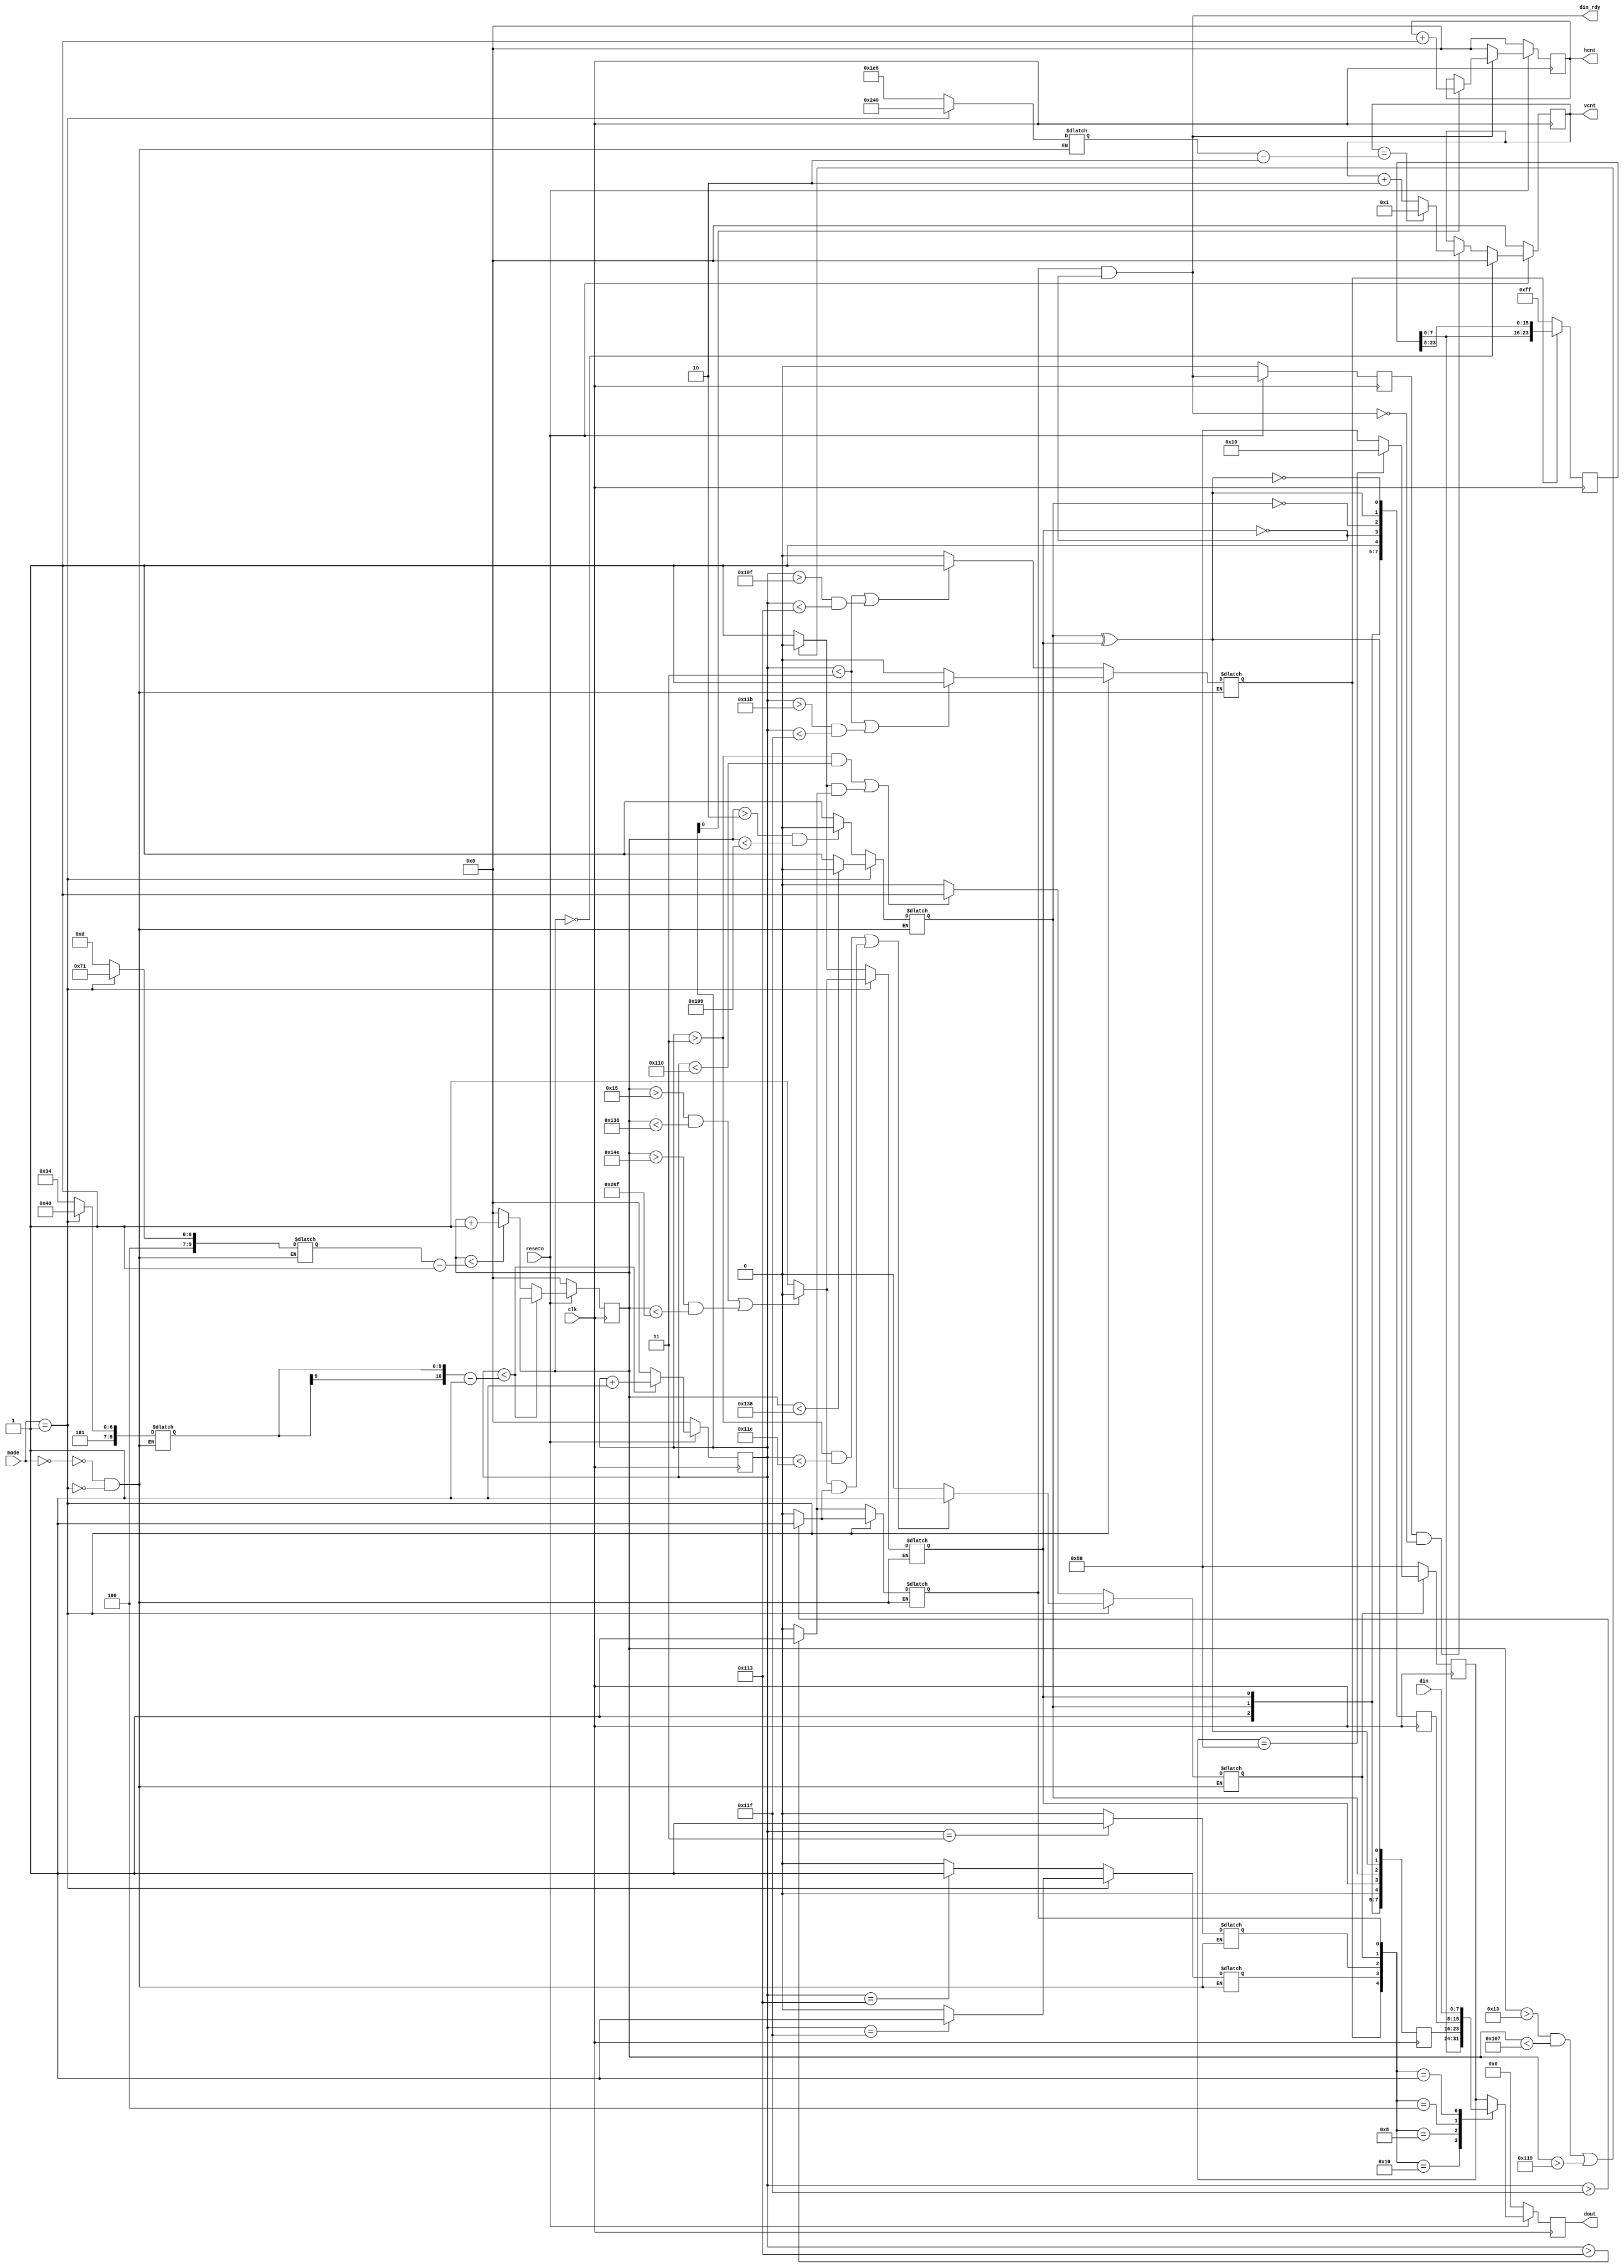
/* 
 * ----------------------------------------------------------------------------
 *  Project:  OpenIRV
 *  Purpose:  Analog video timing generation module.
 * ----------------------------------------------------------------------------
 *  Copyright  2020-2021, Vaagn Oganesyan <ovgn@protonmail.com>
 *  
 *  Licensed under the Apache License, Version 2.0 (the "License");
 *  you may not use this file except in compliance with the License.
 *  You may obtain a copy of the License at
 *  
 *      http://www.apache.org/licenses/LICENSE-2.0
 *  
 *  Unless required by applicable law or agreed to in writing, software
 *  distributed under the License is distributed on an "AS IS" BASIS,
 *  WITHOUT WARRANTIES OR CONDITIONS OF ANY KIND, either express or implied.
 *  See the License for the specific language governing permissions and
 * ----------------------------------------------------------------------------
 */


`default_nettype none
`timescale 1ps / 1ps


module av_timing
(
    input   wire            clk,
    input   wire            resetn,
    input   wire    [1:0]   mode,
    input   wire    [7:0]   din,
    output  wire            din_rdy,
    output  reg     [10:0]  vcnt = 11'd0,
    output  reg     [10:0]  hcnt = 11'd0,
    output  reg     [7:0]   dout = 8'h00
);
    
/*-------------------------------------------------------------------------------------------------------------------------------------*/

    function [7:0] calc_xyz_sync;
        input [2:0] fvh;
        begin
            calc_xyz_sync = {
                                1'b1,                       /* Always 1'b1    */
                                fvh,                        /* F, V, H bits   */
                                fvh[1] ^ fvh[0],            /* P3 = V ^ H     */
                                fvh[2] ^ fvh[0],            /* P2 = F ^ H     */
                                fvh[2] ^ fvh[1],            /* P1 = F ^ V     */
                                fvh[2] ^ fvh[1] ^ fvh[0]    /* P0 = F ^ V ^ H */
                            };
        end
    endfunction
    
/*-------------------------------------------------------------------------------------------------------------------------------------*/
    
    localparam  [1:0]   NTSC_ITUR_BT656 = 2'd0,
                        PAL_ITUR_BT656  = 2'd1;
    
    
    reg             field;
    reg             vblank;
    reg             xav_preamb_ena;
    reg             sav_ena;
    reg             eav_ena;
    reg             hblank;
    reg             data_ena;
    
    reg     [10:0]  hpos_cnt = 11'd0;
    reg     [10:0]  vpos_cnt = 11'd0;
    
    reg     [10:0]  vis_hres = 11'd0;
    reg     [10:0]  vis_vres = 11'd0;
    
    reg     [10:0]  hsize = 11'd0;
    reg     [10:0]  vsize = 11'd0;
    
    assign  din_rdy = data_ena & ~vblank;
    
    
    always @(*) begin
        case (mode)
            
            /* 720 x 486 */
            NTSC_ITUR_BT656: begin
                
               /* 
                *  LINE    F V EAV SAV
                *  0-2     1 1  1   0
                *  3-19    0 1  1   0
                *  20-262  0 0  1   0   (243 lines)
                *  263-264 0 1  1   0
                *  265-281 1 1  1   0
                *  282-524 1 0  1   0   (243 lines)
                *
                *  | EAV   |      BLANKING     | SAV   | ACTIVE DATA LINE  |
                *  | CODE  |                   | CODE  |                   |
                *  |F 0 0 X|8 1 8 1 ... 8 1 8 1|F 0 0 X|C Y C Y ... C Y C Y|
                *  |F 0 0 Y|0 0 0 0 ... 0 0 0 0|F 0 0 Y|B   B   ... B   B  |
                *  |       |                   |       |                   |
                *  |<----->|<----------------->|<----->|<----------------->|
                *  |   4            268            4           1440        |
                *  |<----------------------------------------------------->|
                *                            1716
                */
                
                vis_hres = 11'd720;
                vis_vres = 11'd486;
                
                vsize = 11'd525;
                hsize = 11'd1716;
                
                field  = ((vpos_cnt > 11'd2) && (vpos_cnt < 11'd265))? 1'b0 : 1'b1;
                vblank = (((vpos_cnt > 11'd19) && (vpos_cnt < 11'd263)) || (vpos_cnt > 11'd281))? 1'b0 : 1'b1;
                
                xav_preamb_ena = ((hpos_cnt < 3) || ((hpos_cnt > 271) && (hpos_cnt < 275)))? 1'b1 : 1'b0;
                eav_ena  = (hpos_cnt == 3)?   1'b1 : 1'b0;
                sav_ena  = (hpos_cnt == 275)? 1'b1 : 1'b0;
                data_ena = (hpos_cnt >  275)? 1'b1 : 1'b0;
                hblank   = (((hpos_cnt > 3) && (hpos_cnt < 272)) || (vblank & data_ena))? 1'b1 : 1'b0;
            end
            
            /* 720 x 576 */
            PAL_ITUR_BT656: begin
                
               /* 
                *  LINE    F V EAV SAV
                *  0-21    0 1  1   0
                *  22-309  0 0  1   0   (288 lines)
                *  310-311 0 1  1   0
                *  312-334 1 1  1   0
                *  335-622 1 0  1   0   (288 lines)
                *  623-624 1 1  1   0
                *
                *  | EAV   |      BLANKING     | SAV   | ACTIVE DATA LINE  |
                *  | CODE  |                   | CODE  |                   |
                *  |F 0 0 X|8 1 8 1 ... 8 1 8 1|F 0 0 X|C Y C Y ... C Y C Y|
                *  |F 0 0 Y|0 0 0 0 ... 0 0 0 0|F 0 0 Y|B   B   ... B   B  |
                *  |       |                   |       |                   |
                *  |<----->|<----------------->|<----->|<----------------->|
                *  |   4            280            4           1440        |
                *  |<----------------------------------------------------->|
                *                            1728
                */
                
                vis_hres = 11'd720;
                vis_vres = 11'd576;
                
                vsize = 11'd625;
                hsize = 11'd1728;
                
                field  = (vpos_cnt < 11'd312)? 1'b0 : 1'b1;
                vblank = (((vpos_cnt > 11'd21) && (vpos_cnt < 11'd310)) || ((vpos_cnt > 11'd334) && (vpos_cnt < 11'd623)))? 1'b0 : 1'b1;
                
                xav_preamb_ena = ((hpos_cnt < 3) || ((hpos_cnt > 283) && (hpos_cnt < 287)))? 1'b1 : 1'b0;
                eav_ena  = (hpos_cnt == 3)?   1'b1 : 1'b0;
                sav_ena  = (hpos_cnt == 287)? 1'b1 : 1'b0;
                data_ena = (hpos_cnt >  287)? 1'b1 : 1'b0;
                hblank   = (((hpos_cnt > 3) && (hpos_cnt < 284)) || (vblank & data_ena))? 1'b1 : 1'b0;
            end
        endcase
    end
    
    
    always @(posedge clk) begin
        if (~resetn) begin
            hpos_cnt <= 11'd0;
            vpos_cnt <= 11'd0;
        end else begin
            if (hpos_cnt < hsize - 1'b1) begin
                hpos_cnt <= hpos_cnt + 1'b1;
            end else begin
                hpos_cnt <= 11'd0;
                if (vpos_cnt < vsize - 1'b1) begin
                    vpos_cnt <= vpos_cnt + 1'b1;
                end else begin
                    vpos_cnt <= 11'd0;
                end
            end
        end
    end

/*-------------------------------------------------------------------------------------------------------------------------------------*/
    
    localparam  SAV = 1'b0,     /* SAV (start of active video line) */
                EAV = 1'b1;     /* EAV (end of active video line)   */
    
    localparam  BLANKING_Y    = 8'h10,
                BLANKING_CBCR = 8'h80;
    
    
    reg     [23:0]  xav_preamb = 24'h0000ff;
    reg     [7:0]   sav_reg    = 8'h00;
    reg     [7:0]   eav_reg    = 8'h00;
    reg     [7:0]   blank_reg  = BLANKING_CBCR;
    
    
    /* EAV/SAV sequence */
    always @(posedge clk) begin
        if (xav_preamb_ena) begin
            xav_preamb <= {xav_preamb[7:0], xav_preamb[23:8]};
        end else begin
            xav_preamb <= 24'h0000ff;
        end
        
        sav_reg <= calc_xyz_sync({field, vblank, SAV});
        eav_reg <= calc_xyz_sync({field, vblank, EAV});
    end
    
    
    /* Blanking data */
    always @(posedge clk) begin
        if (hblank) begin
            blank_reg <= (blank_reg == BLANKING_CBCR)? BLANKING_Y : BLANKING_CBCR;
        end else begin
            blank_reg <= BLANKING_CBCR;
        end
    end
    
/*-------------------------------------------------------------------------------------------------------------------------------------*/
    
    localparam  [4:0]   EAV_SAV_PREAMB = 5'b10000,
                        SAV_CODE       = 5'b01000,
                        EAV_CODE       = 5'b00100,
                        BLANKING       = 5'b00010,
                        DATA           = 5'b00001;
    
    
    wire    [4:0]   sync_event = {xav_preamb_ena, sav_ena, eav_ena, hblank, data_ena};
    reg     [7:0]   data_mux;
    
    
    always @(*) begin
        case (sync_event)
            EAV_SAV_PREAMB: data_mux = xav_preamb[7:0];
            SAV_CODE:       data_mux = sav_reg;
            EAV_CODE:       data_mux = eav_reg;
            BLANKING:       data_mux = blank_reg;
            DATA:           data_mux = din;
            default:        data_mux = blank_reg;
        endcase
    end
    
    
    /* Register output value */
    always @(posedge clk) begin
        if (~resetn) begin
            dout <= 8'h00;
        end else begin
            dout <= data_mux;
        end
    end
    
/*-------------------------------------------------------------------------------------------------------------------------------------*/
    
    reg     din_rdy_1 = 1'b0;
    
    always @(posedge clk) begin
        if (~resetn) begin
            vcnt      <= 11'd0;
            hcnt      <= 11'd0;
            din_rdy_1 <= 1'b0;
        end else begin
            din_rdy_1 <= din_rdy;
            
            if (din_rdy) begin
                hcnt <= (hpos_cnt[0])? hcnt + 1'b1 : hcnt;
            end else begin
                hcnt <= 11'd0;
            end
            
            if (vpos_cnt == 11'd0) begin
                vcnt <= 11'd0;  // even row 0, 2, 4, 6...
            end else begin
                if (din_rdy_1 & ~din_rdy) begin
                    if (vcnt == (vis_vres - 11'd2)) begin
                        vcnt <= 11'd1;  // odd row 1, 3, 5, 7...
                    end else begin
                        vcnt <= vcnt + 2'd2;
                    end
                end
            end
        end
    end
    
endmodule

/*-------------------------------------------------------------------------------------------------------------------------------------*/

`default_nettype wire